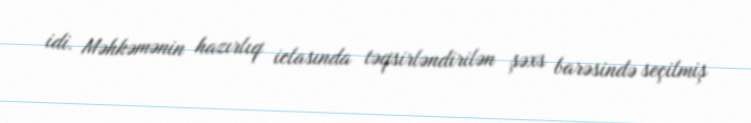
idi. Məhkəmənin hazırlıq iclasında təqsirləndirilən şəxs barəsində seçilmiş